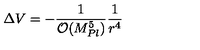
\Delta V = - { \frac { 1 } { { \mathcal { O } } ( M _ { P l } ^ { 5 } ) } } { \frac { 1 } { r ^ { 4 } } }